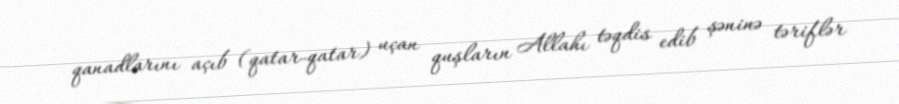
qanadlarını açıb (qatar-qatar) uçan quşların Allahı təqdis edib şəninə təriflər